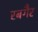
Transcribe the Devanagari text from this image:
रबगैर